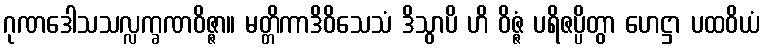
ဂုဏဒေါသသလ္လက္ခဏဝိဇ္ဇာ။ မတ္တိကာဒိဝိသေသံ ဒိသွာပိ ဟိ ဝိဇ္ဇံ ပရိဇပ္ပိတွာ ဟေဋ္ဌာ ပထဝိယံ